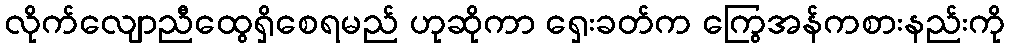
လိုက်လျောညီထွေရှိစေရမည် ဟုဆိုကာ ရှေးခတ်က ကြွေအန်ကစားနည်းကို